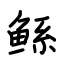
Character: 鲧